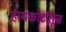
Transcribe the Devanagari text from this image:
हायकोर्टातून